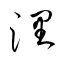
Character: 浬